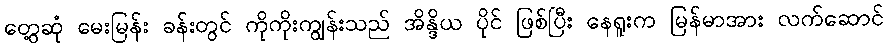
တွေ့ဆုံ မေးမြန်း ခန်းတွင် ကိုကိုးကျွန်းသည် အိန္ဒိယ ပိုင် ဖြစ်ပြီး နေရူးက မြန်မာအား လက်ဆောင်